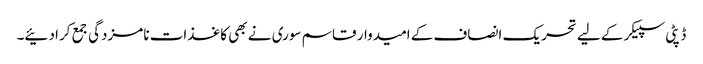
ڈپٹی سپیکر کے لیے تحریک انصاف کے امیدوار قاسم سوری نے بھی کاغذات نامزدگی جمع کرا دئیے۔